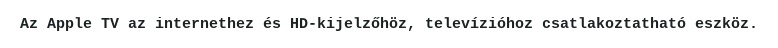
Az Apple TV az internethez és HD-kijelzőhöz, televízióhoz csatlakoztatható eszköz.